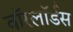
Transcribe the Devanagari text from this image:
वाॅरलाॅर्डस